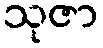
သုဇာ